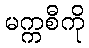
မက္ကစီကို